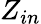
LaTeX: Z_{in}